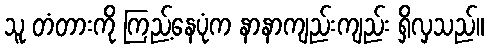
သူ တံတားကို ကြည့်နေပုံက နာနာကျည်းကျည်း ရှိလှသည်။